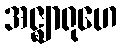
အဇ္ဈာရုဟေ